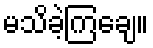
မသိခဲ့ကြချေ။